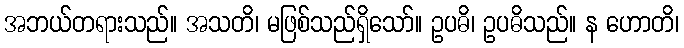
အဘယ်တရားသည်။ အသတိ၊ မဖြစ်သည်ရှိသော်။ ဥပဓိ၊ ဥပဓိသည်။ န ဟောတိ၊